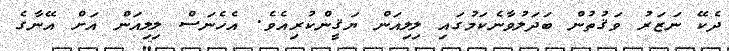
ދެކޭ ނަޒަރު ވަޤުތުން ބަދަލުވާނެކަމުގައި ލިލިއަން ޔަޤީންކުރިއެވެ. އެހެނަސް ލިލިއަން އަށް އޭނާގެ